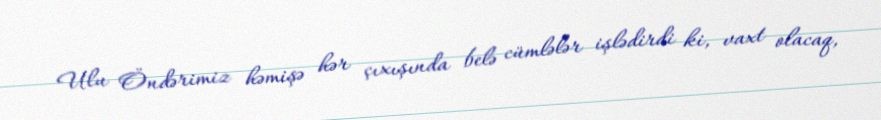
Ulu Öndərimiz həmişə hər çıxışında belə cümlələr işlədirdi ki, vaxt olacaq,